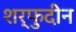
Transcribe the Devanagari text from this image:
शर्फुदीन